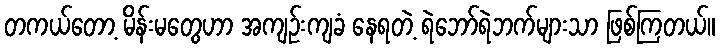
တကယ်တော့ မိန်းမတွေဟာ အကျဉ်းကျခံ နေရတဲ့ ရဲဘော်ရဲဘက်များသာ ဖြစ်ကြတယ်။